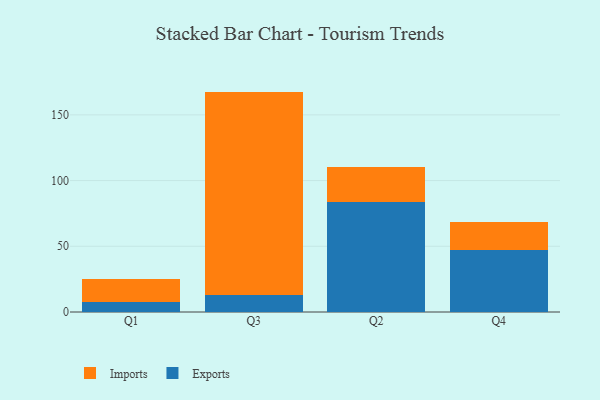
{"axis": {"x": "Quarter", "y": "LTV (USD)"}, "legend": ["Exports", "Imports"], "data": [{"x": "Q1", "y": 7.6, "type": "Exports"}, {"x": "Q1", "y": 17.5, "type": "Imports"}, {"x": "Q3", "y": 13.1, "type": "Exports"}, {"x": "Q3", "y": 154.6, "type": "Imports"}, {"x": "Q2", "y": 83.8, "type": "Exports"}, {"x": "Q2", "y": 26.9, "type": "Imports"}, {"x": "Q4", "y": 46.9, "type": "Exports"}, {"x": "Q4", "y": 21.8, "type": "Imports"}]}